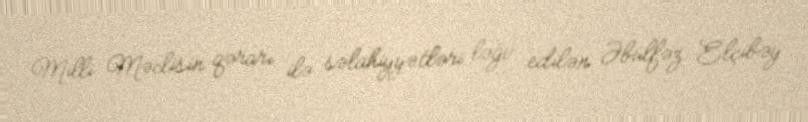
Milli Məclisin qərarı ilə səlahiyyətləri ləğv edilən Əbülfəz Elçibəy